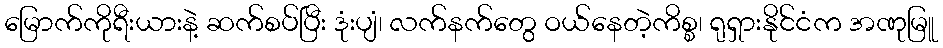
မြောက်ကိုရီးယားနဲ့ ဆက်စပ်ပြီး ဒုံးပျံ၊ လက်နက်တွေ ဝယ်နေတဲ့ကိစ္စ၊ ရုရှားနိုင်ငံက အဏုမြူ